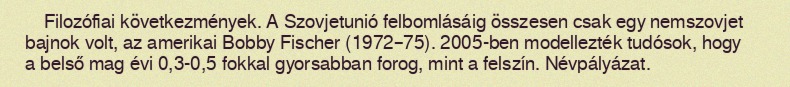
Filozófiai következmények. A Szovjetunió felbomlásáig összesen csak egy nemszovjet bajnok volt, az amerikai Bobby Fischer (1972–75). 2005-ben modellezték tudósok, hogy a belső mag évi 0,3-0,5 fokkal gyorsabban forog, mint a felszín. Névpályázat.